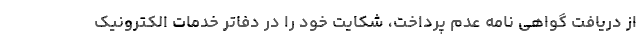
از دریافت گواهی نامه عدم پرداخت، شکایت خود را در دفاتر خدمات الکترونیک